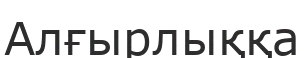
Алғырлыққа